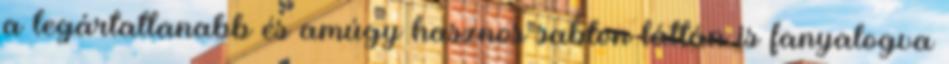
a legártatlanabb és amúgy hasznos sablon láttán is fanyalogva